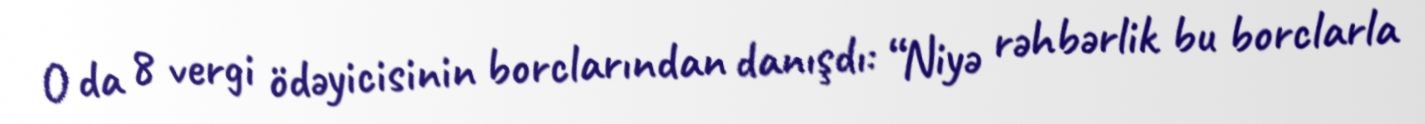
O da 8 vergi ödəyicisinin borclarından danışdı: “Niyə rəhbərlik bu borclarla